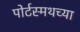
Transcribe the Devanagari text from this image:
पोर्टस्मथच्या